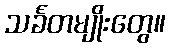
သင်္ခတမျိုးတွေ။